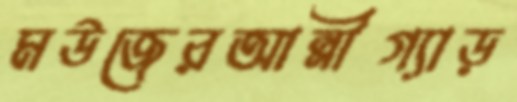
মউজেরআন্নীগ্যাড়